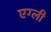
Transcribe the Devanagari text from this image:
एग्ली